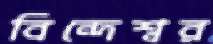
বিন্দেশ্বর